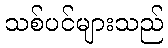
သစ်ပင်များသည်